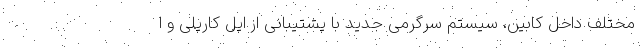
مختلف داخل کابین، سیستم سرگرمی جدید با پشتیبانی از اپل کارپلی و ا